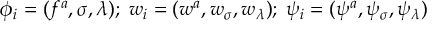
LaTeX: \phi _ { i } = ( f ^ { a } , \sigma , \lambda ) ; \; w _ { i } = ( w ^ { a } , w _ { \sigma } , w _ { \lambda } ) ; \; \psi _ { i } = ( \psi ^ { a } , \psi _ { \sigma } , \psi _ { \lambda } )